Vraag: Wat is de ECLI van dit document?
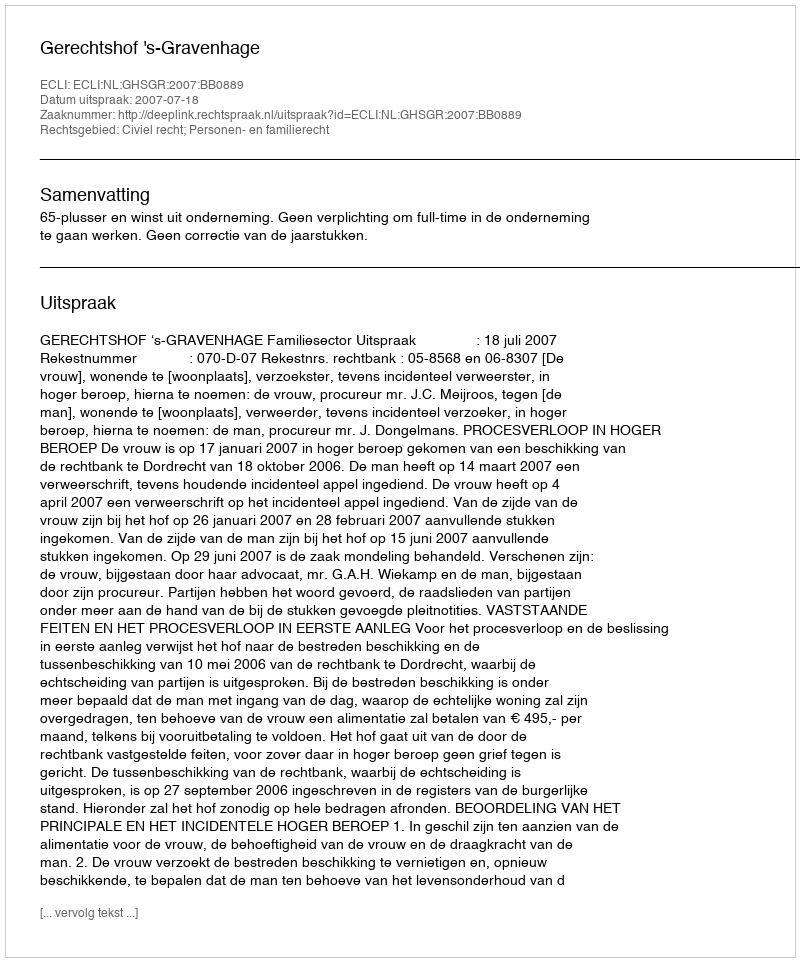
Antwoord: ECLI:NL:GHSGR:2007:BB0889